Annual administration report of the Civil Veterinary Department of India - 1893-1894
Year: 1893
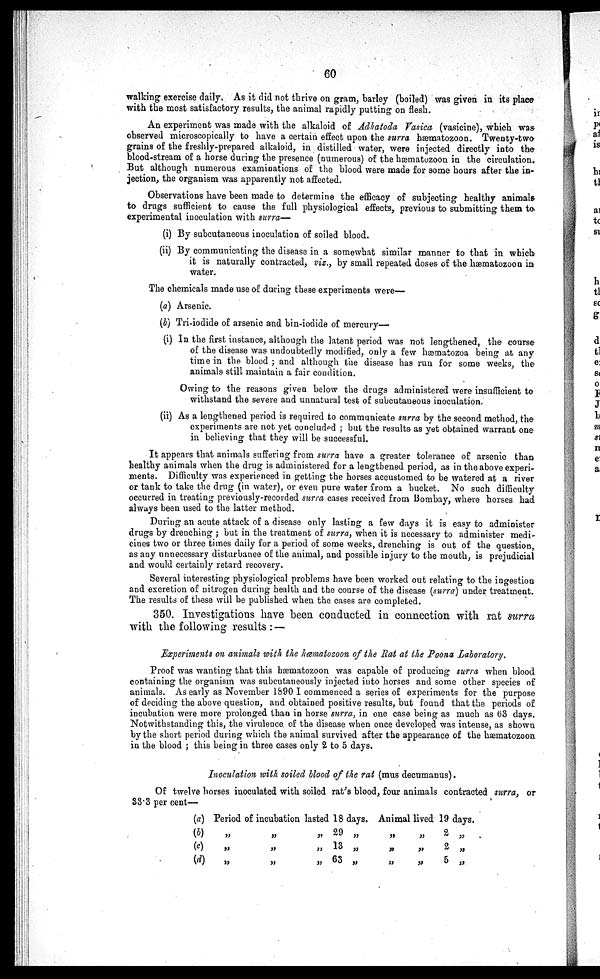
60
walking exercise daily. As it did not thrive on gram, barley (boiled) was given in its place
with the most satisfactory results, the animal rapidly putting on flesh.
An experiment was made with the alkaloid of Adhatoda Vasica (vasicine), which was
observed microscopically to have a certain effect upon the surra hæmatozoon. Twenty-two
grains of the freshly-prepared alkaloid, in distilled water, were injected directly into the
blood-stream of a horse during the presence (numerous) of the hæmatozoon in the circulation.
But although numerous examinations of the blood were made for some hours after the in-
jection, the organism was apparently not affected.
Observations have been made to determine the efficacy of subjecting healthy animals
to drugs sufficient to cause the full physiological effects, previous to submitting them to
experimental inoculation with surra—
(i) By subcutaneous inoculation of soiled blood.
(ii) By communicating the disease in a somewhat similar manner to that in which
it is naturally contracted, viz., by small repeated doses of the hæmatozoon in
water.
The chemicals made use of during these experiments were—
(a) Arsenic.
(b) Tri-iodide of arsenic and bin-iodide of mercury—
(i) In the first instance, although the latent period was not lengthened, the course
of the disease was undoubtedly modified, only a few hæmatozoa being at any
time in the blood; and although the disease has run for some weeks, the
animals still maintain a fair condition.
Owing to the reasons given below the drugs administered were insufficient to
withstand the severe and unnatural test of subcutaneous inoculation.
(ii) As a lengthened period is required to communicate surra by the second method, the
experiments are not yet concluded; but the results as yet obtained warrant one
in believing that they will be successful.
It appears that animals suffering from surra have a greater tolerance of arsenic than
healthy animals when the drug is administered for a lengthened period, as in the above experi-
ments. Difficulty was experienced in getting the horses accustomed to be watered at a river
or tank to take the drug (in water), or even pure water from a bucket. No such difficulty
occurred in treating previously-recorded surra cases received from Bombay, where horses had
always been used to the latter method.
During an acute attack of a disease only lasting a few days it is easy to administer
drugs by drenching; but in the treatment of surra, when it is necessary to administer medi-
cines two or three times daily for a period of some weeks, drenching is out of the question,
as any unnecessary disturbance of the animal, and possible injury to the mouth, is prejudicial
and would certainly retard recovery.
Several interesting physiological problems have been worked out relating to the ingestion
and excretion of nitrogen during health and the course of the disease (surra) under treatment.
The results of these will be published when the cases are completed.
350. Investigations have been conducted in connection with rat surra
with the following results:—
Experiments on animals with the hæmatozoon of the Rat at the Poona Laboratory.
Proof was wanting that this hæmatozoon was capable of producing surra when blood
containing the organism was subcutaneously injected into horses and some other species of
animals. As early as November 1890 I commenced a series of experiments for the purpose
of deciding the above question, and obtained positive results, but found that the periods of
incubation were more prolonged than in horse surra, in one case being as much as 63 days.
Notwithstanding this, the virulence of the disease when once developed was intense, as shown
by the short period during which the animal survived after the appearance of the hæmatozoon
in the blood; this being in three cases only 2 to 5 days.
Inoculation with soiled blood of the rat (mus decumanus).
Of twelve horses inoculated with soiled rat's blood, four animals contracted surra, or
33.3 per cent—
(a)
(b)
(c)
(d)
Period of incubation lasted
„
„
„
„
„
„
„
„
„
18
29
13
63
days.
„
„
„
Animal lived
„
„
„
„
„
„
19
2
2
5
days.
„
„
„